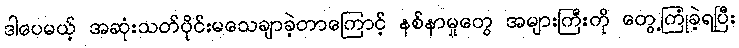
ဒါပေမယ့် အဆုံးသတ်ပိုင်းမသေချာခဲ့တာကြောင့် နစ်နာမှုတွေ အများကြီးကို တွေ့ကြုံခဲ့ရပြီး